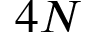
4 N